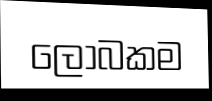
ලෝබකම